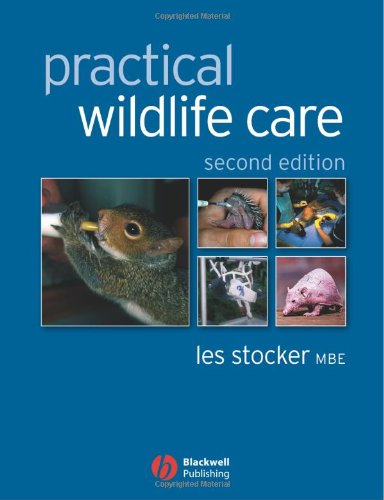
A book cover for Practical Wildlife Care; Les Stocker; Medical Books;